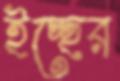
ইচ্ছের